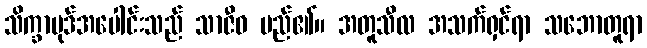
သိက္ခာပုဒ်အပေါင်းသည် သာဇီဝ မည်၏။ အတူသီလ အသက်ရှင်ရာ သဘောတူရာ